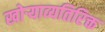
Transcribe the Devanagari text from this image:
खोऱ्याव्यतिरिक्त